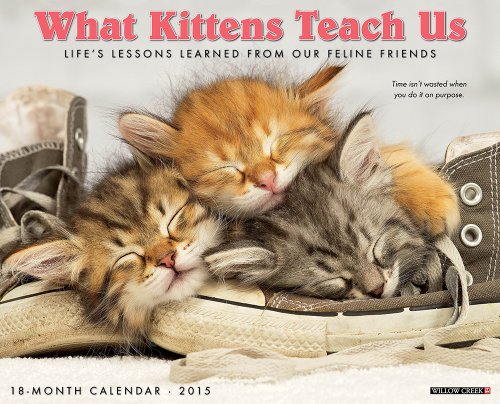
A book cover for What Kittens Teach Us 2015 Wall Calendar; Willow Creek Press; Calendars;